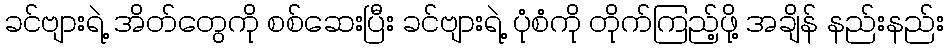
ခင်ဗျားရဲ့ အိတ်တွေကို စစ်ဆေးပြီး ခင်ဗျားရဲ့ ပုံစံကို တိုက်ကြည့်ဖို့ အချိန် နည်းနည်း